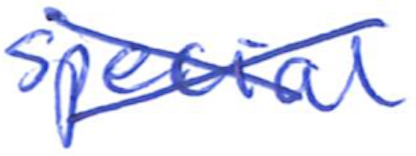
Text: special
Cross-out: cross
Writing tool: ballpoint